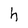
Character: h